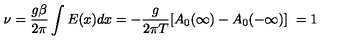
\nu = \frac { g \beta } { 2 \pi } \int E ( x ) d x = - \frac { g } { 2 \pi T } [ A _ { 0 } ( \infty ) - A _ { 0 } ( - \infty ) ] \ = 1